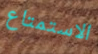
الاستمتاع